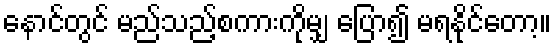
နောင်တွင် မည်သည့်စကားကိုမျှ ပြော၍ မရနိုင်တော့။